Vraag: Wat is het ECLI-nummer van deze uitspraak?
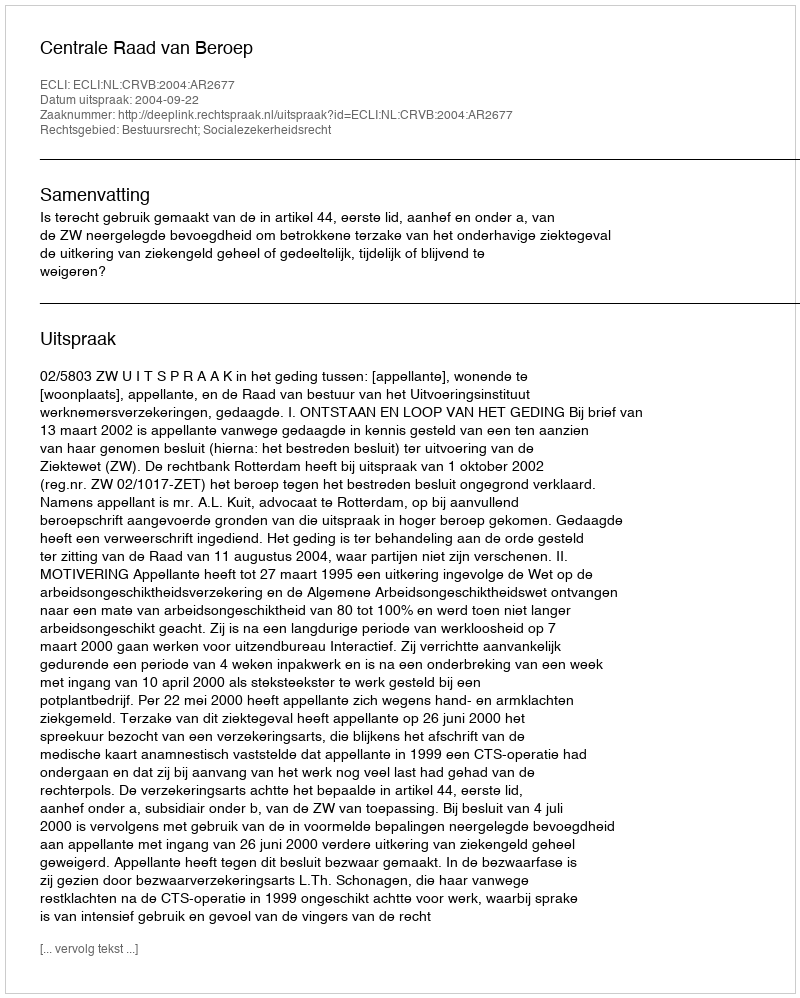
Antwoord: ECLI:NL:CRVB:2004:AR2677